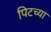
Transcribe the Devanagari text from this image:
पिटच्या